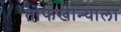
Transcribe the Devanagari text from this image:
तोफखान्याला